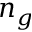
n _ { g }